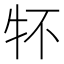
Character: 𤘢